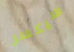
سيكسر